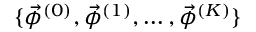
\{ \vec { \phi } ^ { ( 0 ) } , \vec { \phi } ^ { ( 1 ) } , \ldots , \vec { \phi } ^ { ( K ) } \}